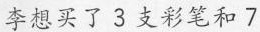
李想买了3支彩笔和7